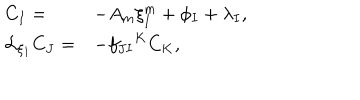
\begin{array} { l l } { { C _ { I } = } } & { { - A _ { m } \xi _ { I } ^ { m } + \phi _ { I } + \lambda _ { I } , } } \\ { { { \cal L } _ { \xi _ { I } } C _ { J } = } } & { { - { f _ { J I } } ^ { K } C _ { K } , } } \\ \end{array}